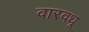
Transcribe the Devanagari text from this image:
वारवधू